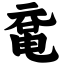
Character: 鼋